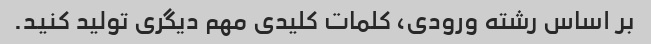
بر اساس رشته ورودی، کلمات کلیدی مهم دیگری تولید کنید.